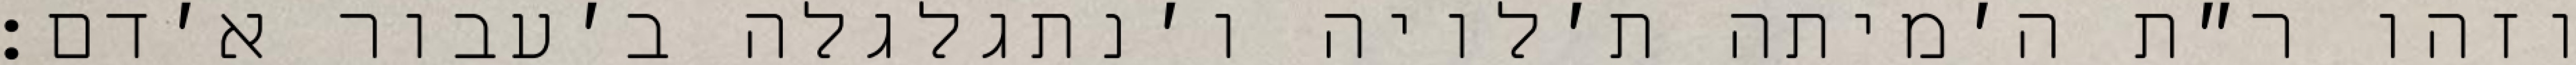
וזהו ר״ת ה׳מיתה ת׳לויה ו׳נתגלגלה ב׳עבור א׳דם: